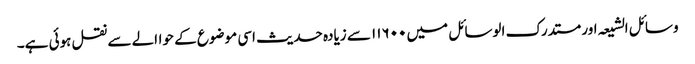
وسائل الشیعہ اور مستدرک الوسائل میں ۱۱۶۰۰ سے زیادہ حدیث اسی موضوع کے حواالے سے نقل ہوئی ہے۔